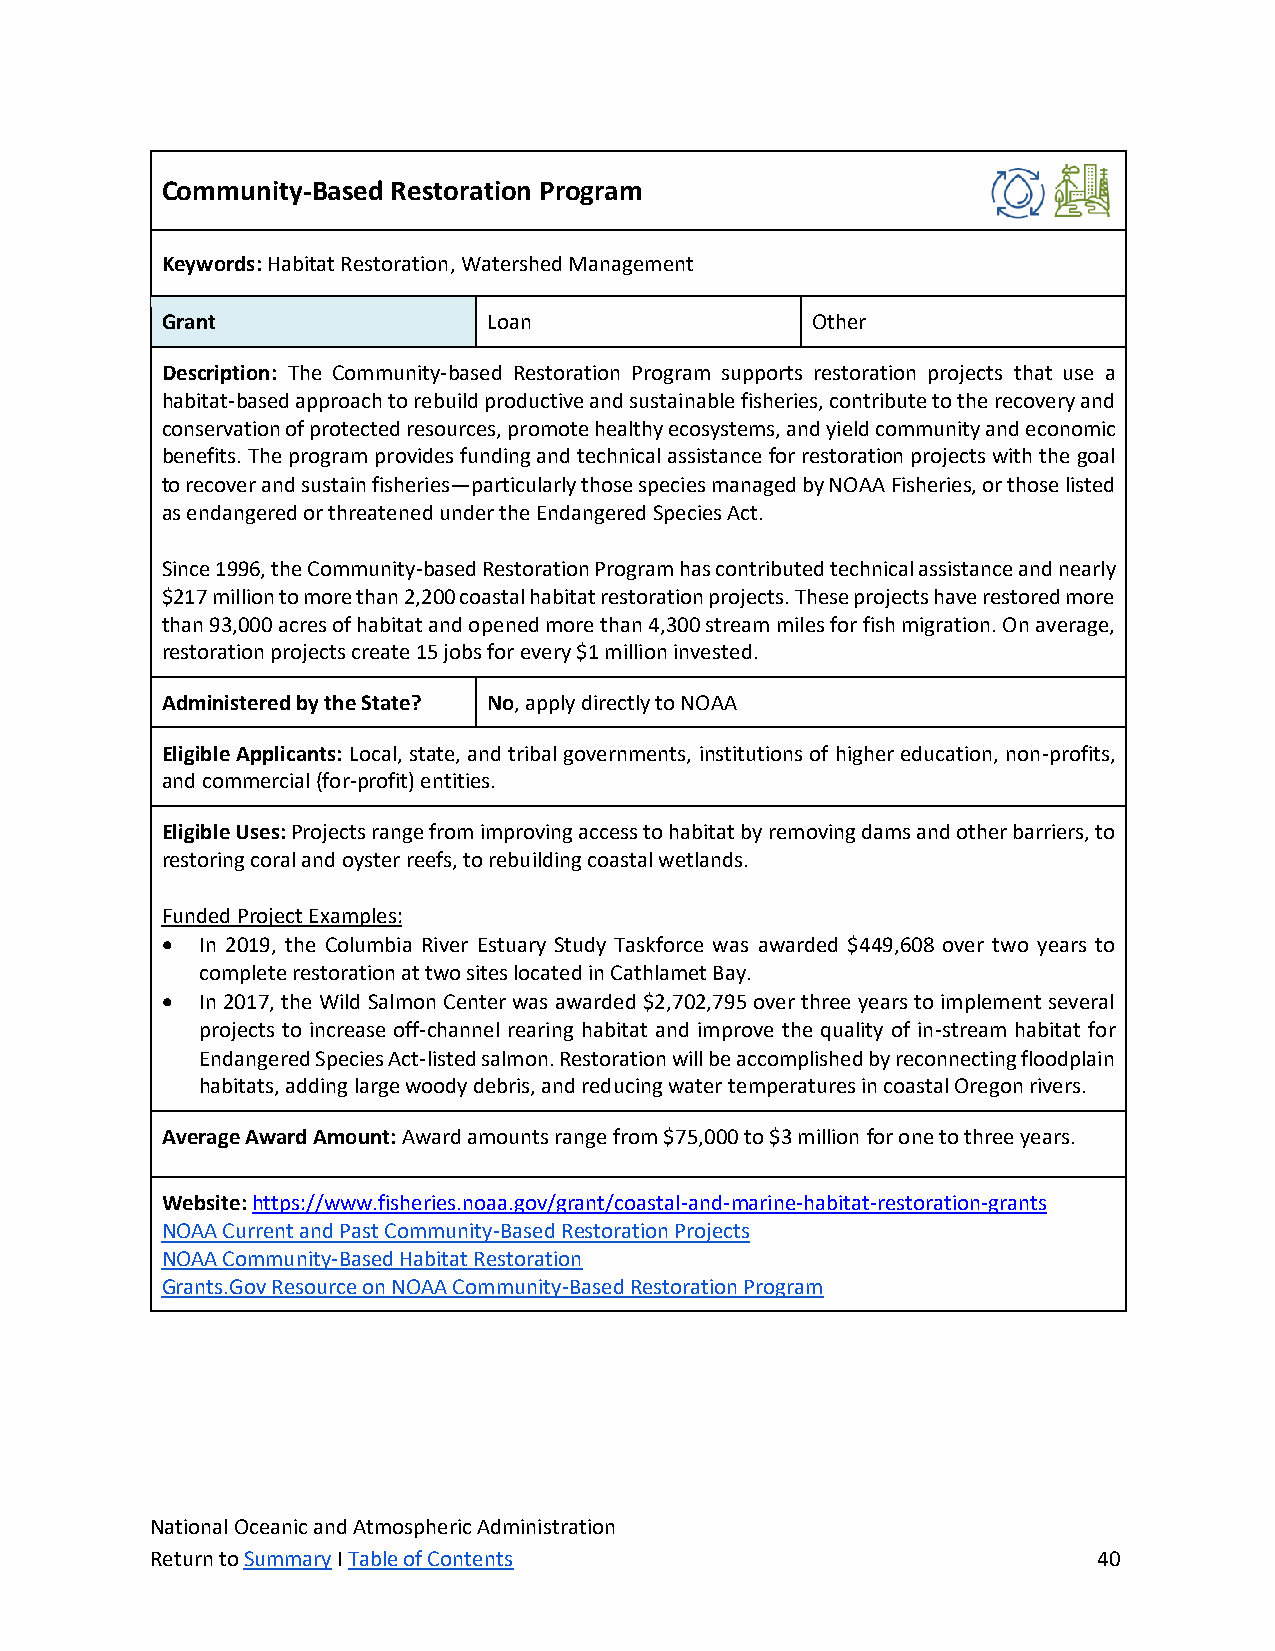
Community-Based Restoration Program
 Keywords: Habitat Restoration, Watershed Management
 Grant                Loan                  Other
 Description: The Community-based Restoration Program supports restoration projects that use a
 habitat-based approach to rebuild productive and sustainable fisheries, contribute to the recovery and
 conservation of protected resources, promote healthy ecosystems, and yield community and economic
 benefits. The program provides funding and technical assistance for restoration projects with the goal
 to recover and sustain fisheries—particularly those species managed by NOAA Fisheries, or those listed
 as endangered or threatened under the Endangered Species Act.
 Since 1996, the Community-based Restoration Program has contributed technical assistance and nearly
 $217 million to more than 2,200 coastal habitat restoration projects. These projects have restored more
 than 93,000 acres of habitat and opened more than 4,300 stream miles for fish migration. On average,
 restoration projects create 15 jobs for every $1 million invested.
 Administered by the State? No, apply directly to NOAA
 Eligible Applicants: Local, state, and tribal governments, institutions of higher education, non-profits,
 and commercial (for-profit) entities.
 Eligible Uses: Projects range from improving access to habitat by removing dams and other barriers, to
 restoring coral and oyster reefs, to rebuilding coastal wetlands.
 Funded Project Examples:
 • In 2019, the Columbia River Estuary Study Taskforce was awarded $449,608 over two years to
 complete restoration at two sites located in Cathlamet Bay.
 • In 2017, the Wild Salmon Center was awarded $2,702,795 over three years to implement several
 projects to increase off-channel rearing habitat and improve the quality of in-stream habitat for
 Endangered Species Act-listed salmon. Restoration will be accomplished by reconnecting floodplain
 habitats, adding large woody debris, and reducing water temperatures in coastal Oregon rivers.
 Average Award Amount: Award amounts range from $75,000 to $3 million for one to three years.
 Website: https://www.fisheries.noaa.gov/grant/coastal-and-marine-habitat-restoration-grants
 NOAA Current and Past Community-Based Restoration Projects
 NOAA Community-Based Habitat Restoration
 Grants.Gov Resource on NOAA Community-Based Restoration Program
 National Oceanic and Atmospheric Administration
 Return to Summary I Table of Contents                          40